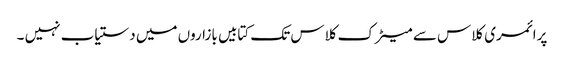
پرائمری کلاس سے میٹرک کلاس تک کتابیں بازاروں میں دستیاب نہیں ۔